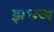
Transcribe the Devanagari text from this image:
झभञ्